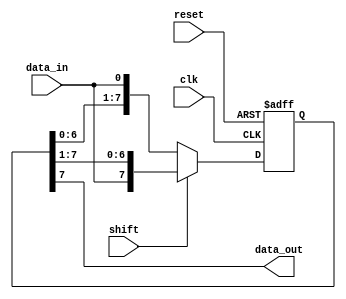
module bidirectional_shift_register (
    input wire clk,
    input wire reset,
    input wire shift,
    input wire data_in,
    output reg data_out
);

reg [7:0] register; // 8-bit bidirectional shift register

always @(posedge clk or posedge reset) begin
    if (reset) begin
        register <= 8'b0; // Reset register if reset signal is high
    end else begin
        if (shift == 1'b0) begin // Left shift
            register <= {register[6:0], data_in}; // Shift data in from the left
        end else begin // Right shift
            register <= {data_in, register[7:1]}; // Shift data in from the right
        end
    end
end

assign data_out = register[7]; // Output the most significant bit of the register

endmodule